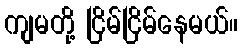
ကျမတို့ ငြိမ်ငြိမ်နေမယ်။